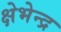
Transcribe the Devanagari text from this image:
क्षेभेन्द्र